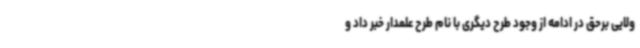
ولایی برحق در ادامه از وجود طرح دیگری با نام طرح علمدار خبر داد و